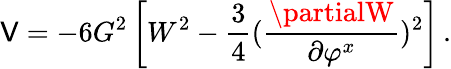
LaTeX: \mathsf{V}=-6G^{2}\left[W^{2}-\frac{3}{4}({\frac{{\partialW}}{{\partial\varphi^{x}}}})^{2}\right]\, .